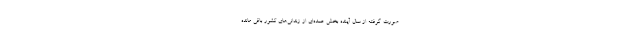
صورت گرفته از سال آینده بخش عمده‌ای از زندانی‌های کشور باقی مانده